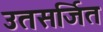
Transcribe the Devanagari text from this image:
उतसर्जित